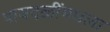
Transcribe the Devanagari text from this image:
पायदळींमधला